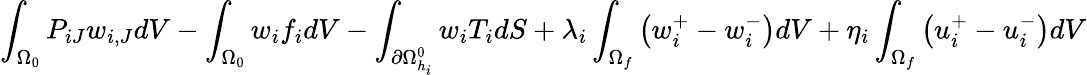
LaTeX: \int_{\Omega_{0}}P_{iJ}w_{i,J}dV-\int_{\Omega_{0}}{w_{i}f_{i}}dV-\int_{\partial\Omega_{h_{i}}^{0}}w_{i}T_{i}dS+\lambda_{i}\int_{\Omega_{f}}\left(w_{i}^{+}-w_{i}^{-}\right)dV+\eta_{i}\int_{\Omega_{f}}\left(u_{i}^{+}-u_{i}^{-}\right)dV